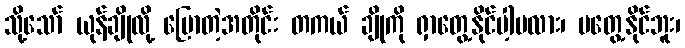
သို့သော် ယုန်ချိုလို့ ပြောတဲ့အတိုင်း တကယ် ချိုကို ရှာတွေ့နိုင်ပါ့မလား၊ မတွေ့နိုင်ဘူး၊